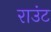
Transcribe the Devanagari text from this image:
राउंट